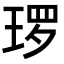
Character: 𭹜